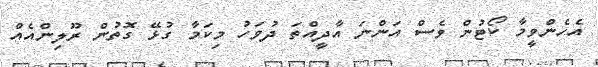
އެހެންވީމާ ކޯޓުން ވެސް އަންނަ އާދީއްތަ ދުވަހު މިކަމާ ގުޅޭ ގޮތުން ރޫލިންއެއް